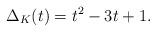
LaTeX: \begin{align*}\Delta_K(t) = t^2 - 3 t + 1.\end{align*}